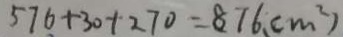
5 7 6 + 3 0 + 2 7 0 = 8 7 6 、 ( m ^ { 2 } )